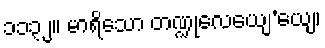
၁၁၃၂။ မာရိသော တဏ္ဍုလေယျေ’ယျေ၊